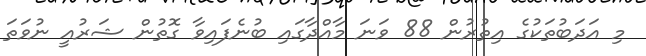
މި އަދަބުތަކުގެ އިތުރުން 88 ވަނަ މާއްދާގައި ބުނެފައިވާ ގޮތުން ޝަރުއީ ނުވަތަ